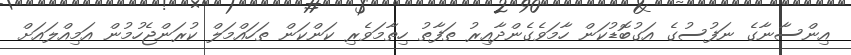
އިންސާނާގެ ނަފުސުގެ އަގުބޮޑުކަން ހާމަވެގެންދާއިރު ތަފާތު ހިތާމަވެރި ކަންކަން ތަހައްމަލް ކުރަންޖެހުމުން އަމިއްލައަށް